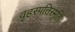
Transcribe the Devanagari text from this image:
वृहस्पतिस्मृति